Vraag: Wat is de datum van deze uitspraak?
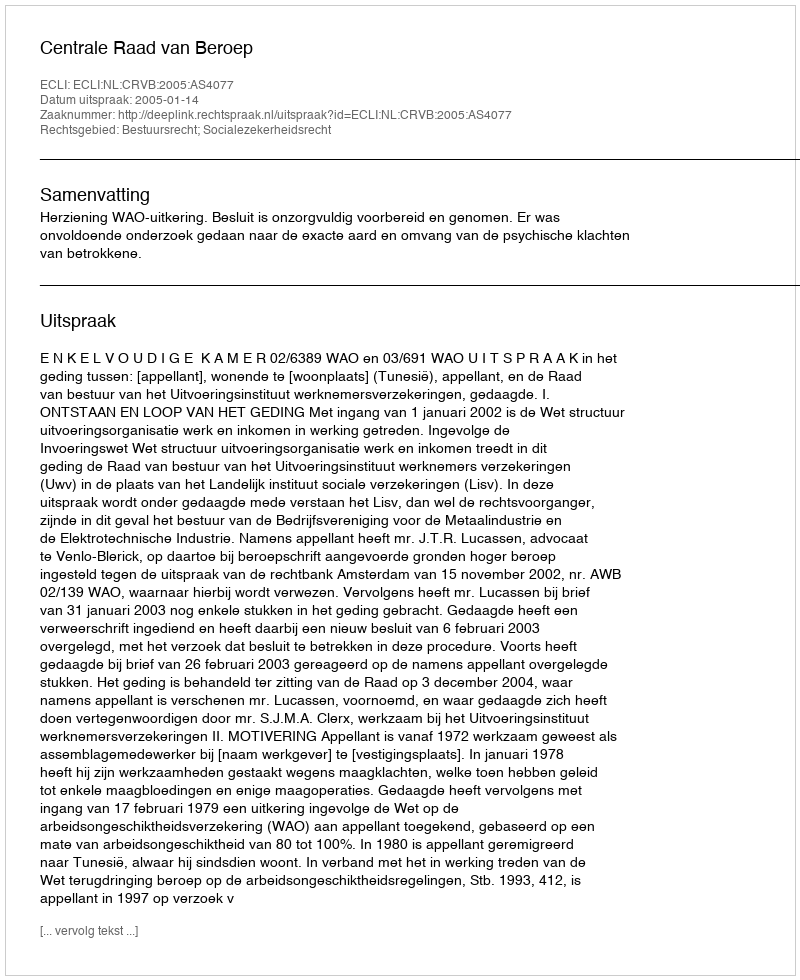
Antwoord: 2005-01-14